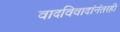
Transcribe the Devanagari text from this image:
वादविवादांनंतरही